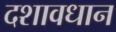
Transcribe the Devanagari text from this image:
दशावधान